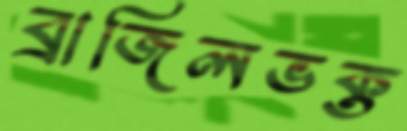
ব্রাজিলভক্ত